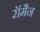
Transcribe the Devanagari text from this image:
रॉमैन